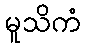
မူသိကံ